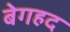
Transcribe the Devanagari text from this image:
बेगहद